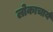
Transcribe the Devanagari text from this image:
लोकाचार्य